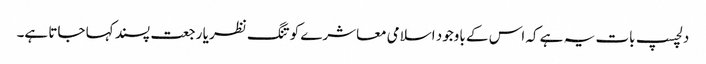
دلچسپ بات یہ ہے کہ اس کے باوجود اسلامی معاشرے کو تنگ نظر یا رجعت پسند کہا جاتا ہے۔